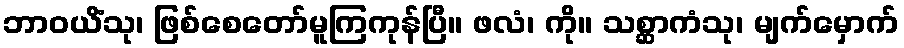
ဘာဝယိံသု၊ ဖြစ်စေတော်မူကြကုန်ပြီ။ ဖလံ၊ ကို။ သစ္ဆာကံသု၊ မျက်မှောက်